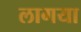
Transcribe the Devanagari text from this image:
लागया